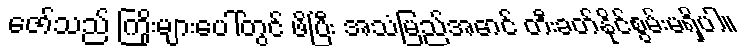
ဇော်သည် ကြိုးများပေါ်တွင် ဖိပြီး အသံမြည်အောင် တီးခတ်နိုင်စွမ်းမရှိပါ။